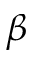
\beta